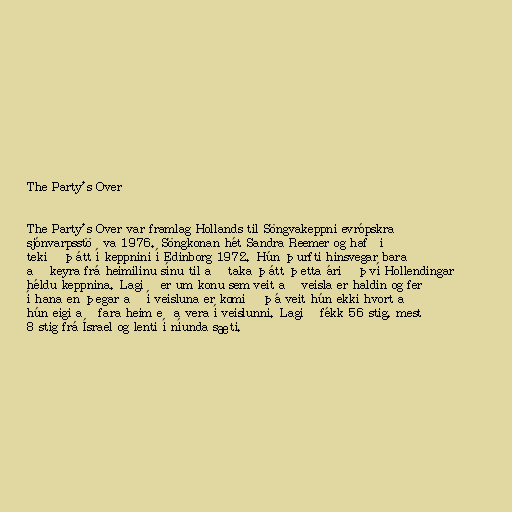
The Party's Over

The Party's Over var framlag Hollands til Söngvakeppni evrópskra
sjónvarpsstöðva 1976. Söngkonan hét Sandra Reemer og hafði
tekið þátt í keppnini í Edinborg 1972. Hún þurfti hinsvegar bara
að keyra frá heimilinu sínu til að taka þátt þetta árið því Hollendingar
héldu keppnina. Lagið er um konu sem veit að veisla er haldin og fer
í hana en þegar að í veisluna er komið þá veit hún ekki hvort að
hún eigi að fara heim eða vera í veislunni. Lagið fékk 56 stig, mest
8 stig frá Ísrael og lenti í níunda sæti.